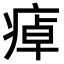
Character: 𤷘